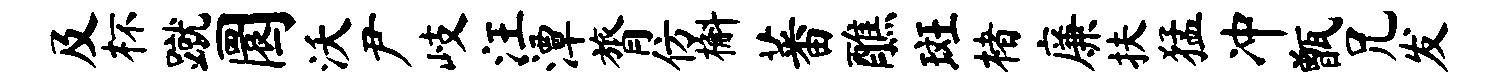
及杯蹴圜沃尹岐汪潭膂仿槲蕃醮斑楮廉扶猛冲甑兄发